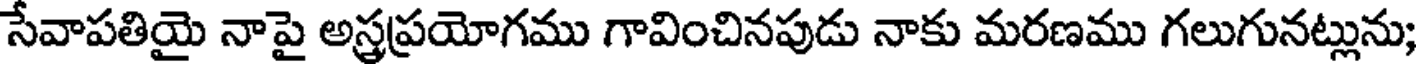
సేవాపతియై నాపై అస్త్రప్రయోగము గావించినపుడు నాకు మరణము గలుగునట్లును;